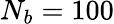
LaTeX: N_{b}=100